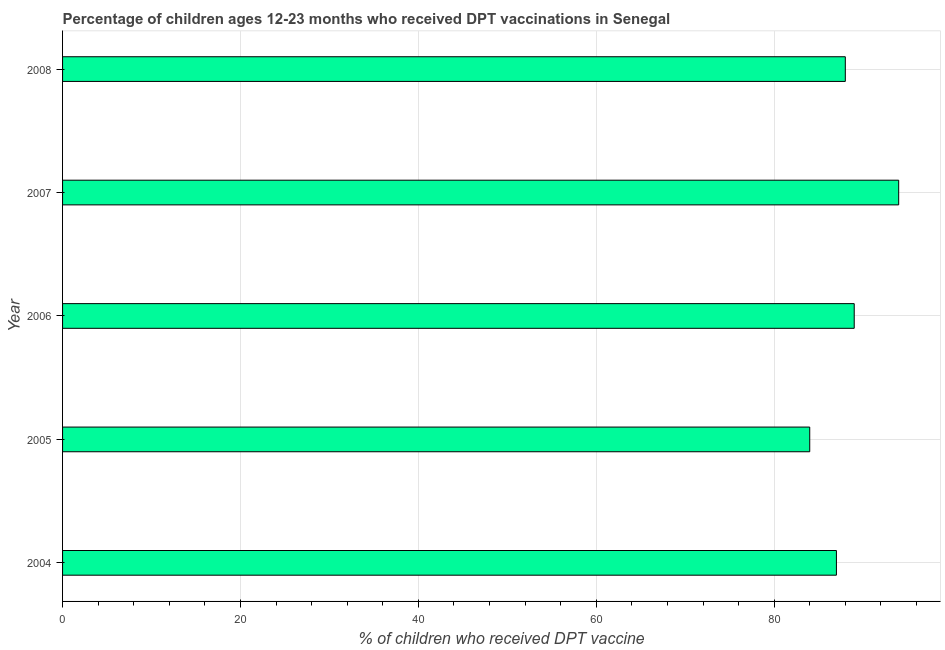
| Year | Immunization |
 | --- | --- |
 | 2004 | 87 |
 | 2005 | 84 |
 | 2006 | 89 |
 | 2007 | 94 |
 | 2008 | 88 |